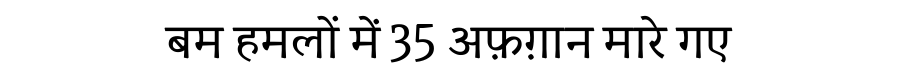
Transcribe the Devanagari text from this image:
बम हमलों में 35 अफ़ग़ान मारे गए